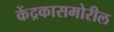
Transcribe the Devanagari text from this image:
केंद्रकासमोरील